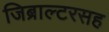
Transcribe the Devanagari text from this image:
जिब्राल्टरसह